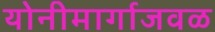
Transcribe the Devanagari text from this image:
योनीमार्गाजवळ